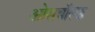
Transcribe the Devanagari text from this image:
ओसवॉल्ड